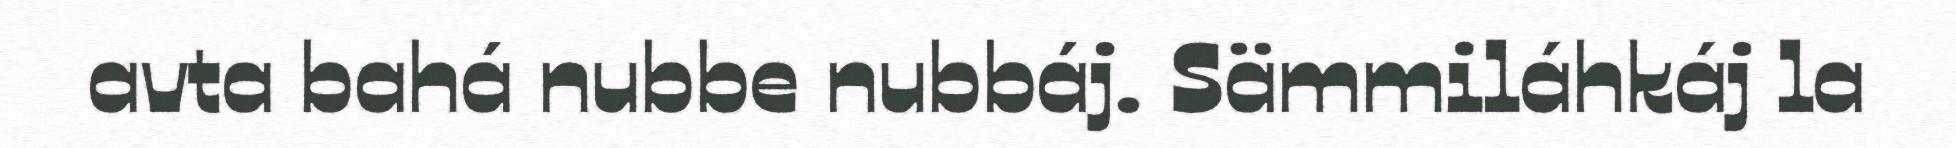
avta bahá nubbe nubbáj. Sämmiláhkáj la